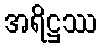
အရိဋ္ဌဿ